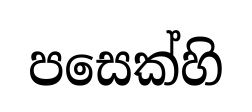
පසෙක්හි